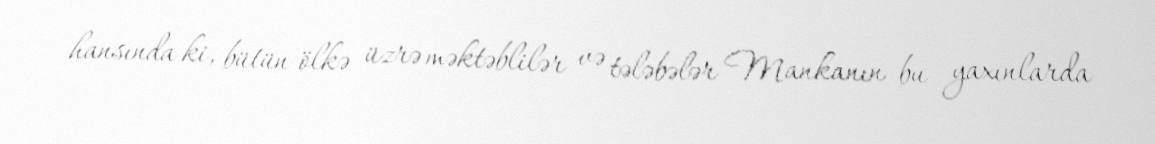
hansında ki, bütün ölkə üzrə məktəblilər və tələbələr Mankanın bu yaxınlarda